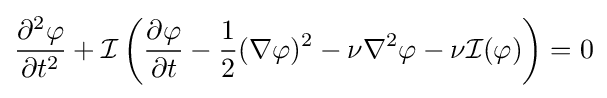
{\frac {\partial ^{2}\varphi }{\partial t^{2}}}+{\mathcal {I}}\left({\frac {\partial \varphi }{\partial t}}-{\frac {1}{2}}(\nabla \varphi )^{2}-\nu \nabla ^{2}\varphi -\nu {\mathcal {I}}(\varphi )\right)=0